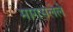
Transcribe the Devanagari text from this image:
मागसलेले